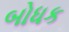
બોધક